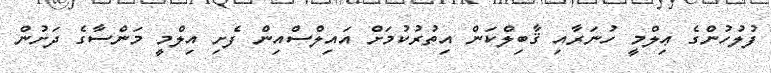
ފުލުހުންގެ ޢިލްމީ ހުނަރާއި ޤާބިލްކަން އިތުރުކުމަށް އައިލްސްއިން ފެށި އިލްމީ މަންސާގެ ދަށުން